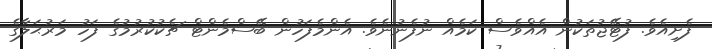
ފެށިއެވެ. ފުޓޭޖުތަކުން އެއްވެސް ކަމެއް ނުފެނުނެވެ. އެންމެފަހުން ބޭސްމެންޓް ޗެކުކުރުމުގެ ފަހު މަރުޙަލާގެ